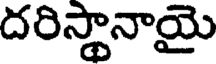
దరిస్థానాయై